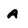
Character: A